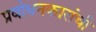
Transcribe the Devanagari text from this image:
प्रबोधनकारांची